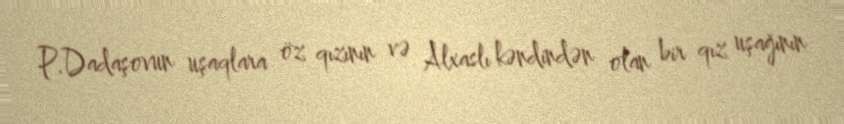
P.Dadaşovun uşaqlara öz qızının və Alxaslı kəndindən olan bir qız uşağının